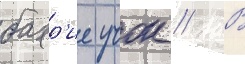
бахр'ие учок // В